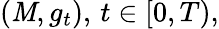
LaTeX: (\mathit{M},g_{t}),\, t\in[0,T),